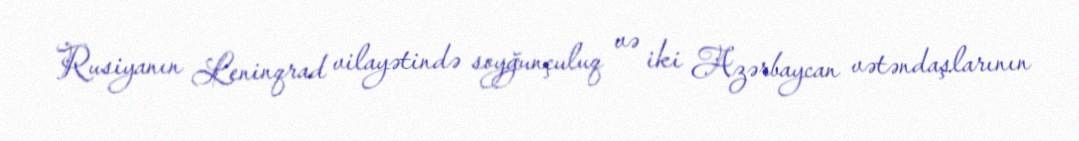
Rusiyanın Leninqrad vilayətində soyğunçuluq və iki Azərbaycan vətəndaşlarının